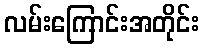
လမ်းကြောင်းအတိုင်း